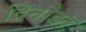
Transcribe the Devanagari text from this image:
दिनौङा